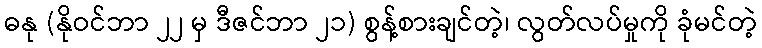
ဓနု (နိုဝင်ဘာ ၂၂ မှ ဒီဇင်ဘာ ၂၁) စွန့်စားချင်တဲ့၊ လွတ်လပ်မှုကို ခုံမင်တဲ့